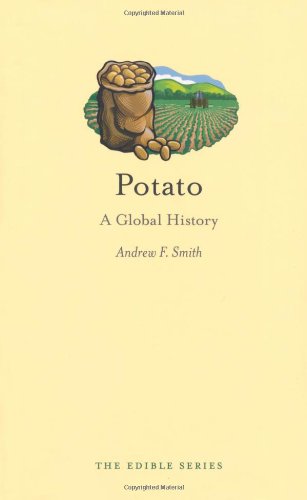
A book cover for Potato: A Global History (Edible); Andrew F. Smith; Cookbooks, Food & Wine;